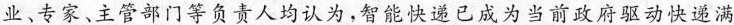
业、专家、主管部门等负责人均认为，智能快递已成为当前政府驱动快递满